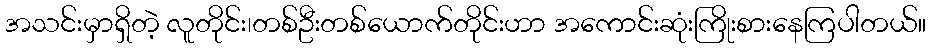
အသင်းမှာရှိတဲ့ လူတိုင်း၊တစ်ဦးတစ်ယောက်တိုင်းဟာ အကောင်းဆုံးကြိုးစားနေကြပါတယ်။